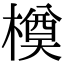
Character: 橂